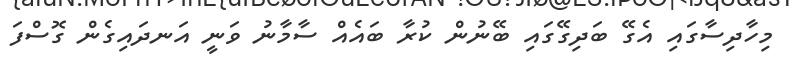
މިހާދިސާގައި އެގޭ ބަދިގޭގައި ބޭނުން ކުރާ ބައެއް ސާމާނު ވަނީ އަނދައިގެން ގޮސްފަ